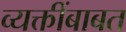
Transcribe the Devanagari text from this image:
व्यक्तींबाबत